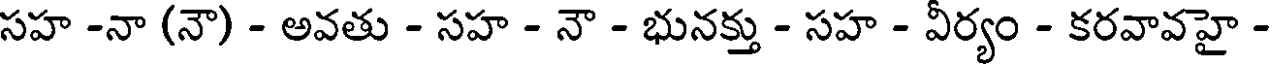
సహ -నా (నౌ) - అవతు - సహ - నౌ - భునక్తు - సహ - వీర్యం - కరవావహై -